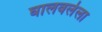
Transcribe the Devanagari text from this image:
घालवलेला